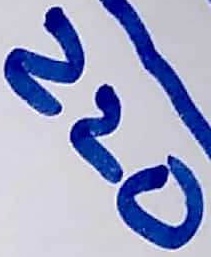
Text: 220